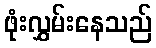
ဖုံးလွှမ်းနေသည်